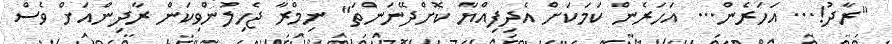
"ރާދު!... އަހަރެން... އަހަރެން ކަމަކަށް އެދިފިއްޔާ ކޮށްދޭނަންތަ" ނިމްރާ ޖެހިލުންވިކަން ރާދިންއަށް ވެސް